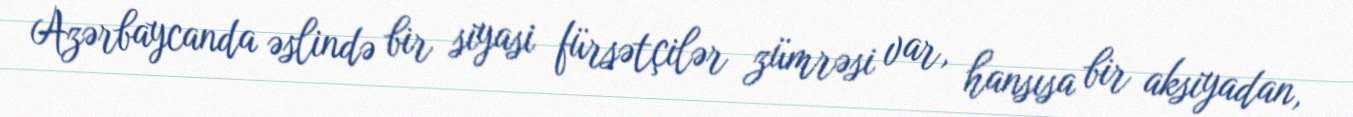
Azərbaycanda əslində bir siyasi fürsətçilər zümrəsi var, hansısa bir aksiyadan,